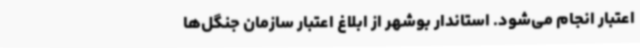
اعتبار انجام می‌شود. استاندار بوشهر از ابلاغ اعتبار سازمان جنگل‌ها